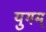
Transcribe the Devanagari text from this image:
युगम्